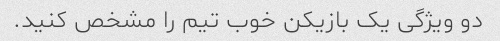
دو ویژگی یک بازیکن خوب تیم را مشخص کنید.